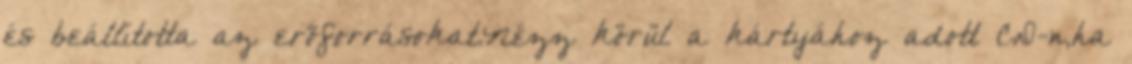
és beállította az erõforrásokat.Nézz körül a kártyához adott CD-n,ha